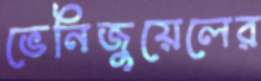
ভেনিজুয়েলের